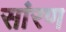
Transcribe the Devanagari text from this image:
सांरण